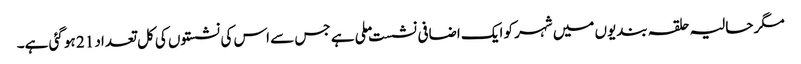
مگر حالیہ حلقہ بندیوں میں شہر کو ایک اضافی نشست ملی ہے جس سے اس کی نشستوں کی کل تعداد 21 ہو گئی ہے۔